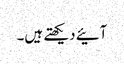
آئیے دیکھتے ہیں۔